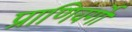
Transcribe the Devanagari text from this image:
प्राणिवर्गों